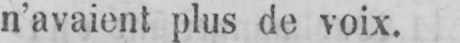
n’avaient plus de voix.